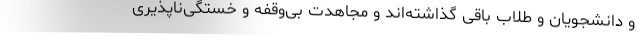
و دانشجویان و طلاب باقی گذاشته‌اند و مجاهدت بی‌وقفه و خستگی‌ناپذیری